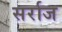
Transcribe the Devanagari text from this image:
सर्राज